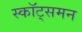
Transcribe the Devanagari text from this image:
स्कॉट्समन